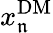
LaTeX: x_{\mathfrak{n}}^{\mathrm{{DM}}}